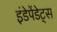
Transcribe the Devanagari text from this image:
इंडेपेंडेट्स